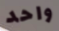
واحد